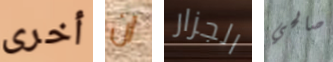
أخرى ان الجزار صالحي